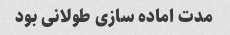
مدت اماده سازی طولانی بود